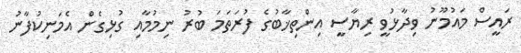
ރައީސް މައުމޫނު ވިދާޅުވީ ރިޔާސީ އިންތިޚާބުގެ ފުރަތަމަ ބުރު ނިމުމާއި ގުޅިގެން އެމަނިކުފާނު